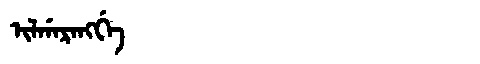
Manchu: ᡳᠯᡤᠠᡵᠠᠩᡤᡝ
Romanization: ILGARANGGE